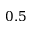
0 . 5